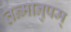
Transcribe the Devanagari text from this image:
तन्मानुषम्